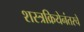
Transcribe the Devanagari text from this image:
शस्त्रक्रियेनंतरचे